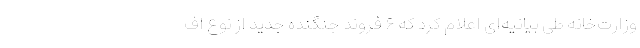
وزارت‌خانه طی بیانیه‌ای اعلام کرد که ۶ فروند جنگنده جدید از نوع اف